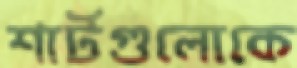
শার্টগুলোকে